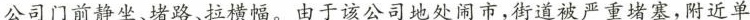
公司门前静坐、堵路、拉横幅。由于该公司地处闹市，街道被严重堵塞，附近单